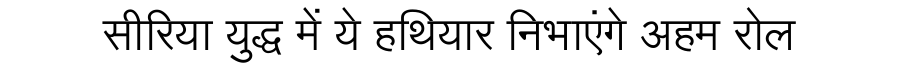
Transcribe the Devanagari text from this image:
सीरिया युद्ध में ये हथियार निभाएंगे अहम रोल